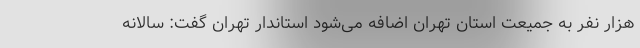
هزار نفر به جمیعت استان تهران اضافه می‌شود استاندار تهران گفت: سالانه